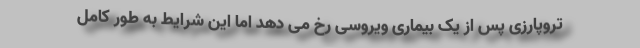
تروپارزی پس از یک بیماری ویروسی رخ می دهد اما این شرایط به طور کامل